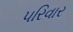
૫રિવાર